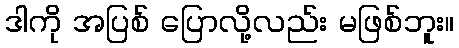
ဒါကို အပြစ် ပြောလို့လည်း မဖြစ်ဘူး။